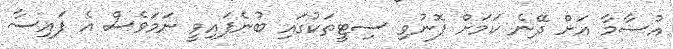
އުސާމާ އަށް ދޭނެ ކަމަށް ފޮނުވި ސިޓީތަކުގައި ބުނެފައިވީ ނަމަވެސް އެ ފައިސާ